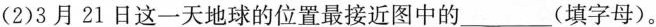
(2)3月21日这一天地球的位置最接近图中的___(填字母)。